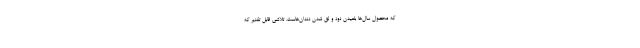
که محصول سال‌ها بلعیدن دود و لق شدن دندان‌هاست. تلاشی قابل تقدیر که